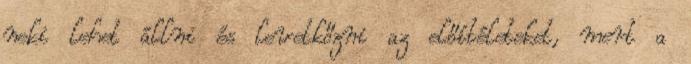
neki lehet állni és levetkőzni az előítéleteket, mert a